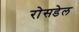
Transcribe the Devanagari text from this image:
रोसडेल